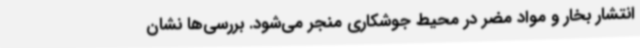
انتشار بخار و مواد مضر در محیط جوشکاری منجر می‌شود. بررسی‌ها نشان